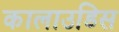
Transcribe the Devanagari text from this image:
कालाउडिस